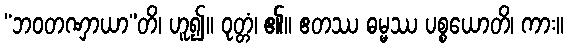
“ဘဝတဏှာယာ”တိ၊ ဟူ၍။ ဝုတ္တံ၊ ၏။ ဧတဿ ဓမ္မဿ ပစ္စယောတိ၊ ကား။